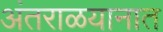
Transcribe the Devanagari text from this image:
अंतराळयानात